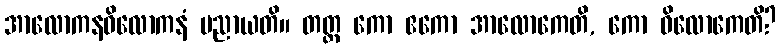
အာလောကနဝိလောကနံ ပညာယတိ။ တတ္ထ ကော ဧကော အာလောကေတိ, ကော ဝိလောကေတိ?